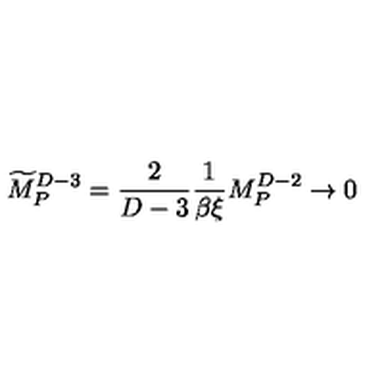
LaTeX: { \widetilde M } _ { P } ^ { D - 3 } = { \frac { 2 } { D - 3 } } { \frac { 1 } { \beta \xi } } M _ { P } ^ { D - 2 } \rightarrow 0